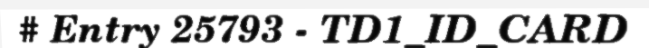
# Entry 25793 - TD1_ID_CARD